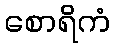
စောရိကံ